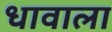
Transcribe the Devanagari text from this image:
धावाला